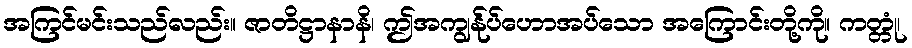
အကြင်မင်းသည်လည်း။ ဇာတိဋ္ဌာနာနိ၊ ဤအကျွန်ုပ်ဟောအပ်သော အကြောင်းတို့ကို။ ကတ္တုံ၊